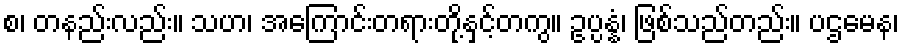
စ၊ တနည်းလည်း။ သဟ၊ အကြောင်းတရားတို့နှင့်တကွ။ ဥပ္ပန္နံ၊ ဖြစ်သည်တည်း။ ပဌမေန၊